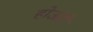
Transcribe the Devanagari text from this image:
होऊंदे